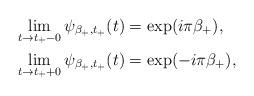
LaTeX: \begin{align*} \lim_{t\to t_+ -0} \psi_{\beta_+,t_+}(t)&= \exp(i \pi\beta_+),\\ \lim_{t\to t_++0} \psi_{\beta_+,t_+}(t)&= \exp(- i \pi\beta_+),\end{align*}